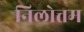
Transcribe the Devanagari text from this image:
निलोत्तम